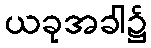
ယခုအခါ၌